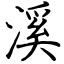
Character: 溪